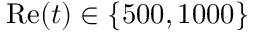
\mathrm { R e } ( t ) \in \{ 5 0 0 , 1 0 0 0 \}